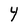
Character: Y